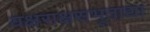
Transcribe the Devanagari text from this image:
यक्षराक्षसभूताद्या